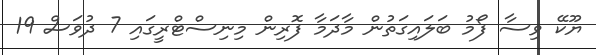
ޔޫކޭ ވިސާ ފޯމު ބަލައިގަތުން މާދަމާ ފޮރިން މިނިސްޓްރީގައި 7 ދުވަސް 19